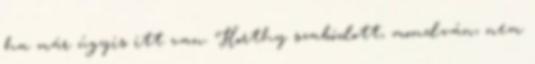
ha már úgyis itt van. Horthy szabódott, mondván, nem